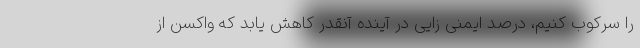
را سرکوب کنیم، درصد ایمنی زایی در آینده آنقدر کاهش یابد که واکسن از